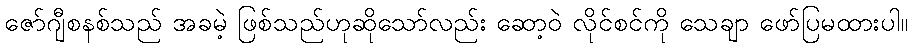
ဇော်ဂျီစနစ်သည် အခမဲ့ ဖြစ်သည်ဟုဆိုသော်လည်း ဆော့ဝဲ လိုင်စင်ကို သေချာ ဖော်ပြမထားပါ။